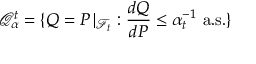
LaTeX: { \mathcal { Q } } _ { \alpha } ^ { t } = \{ Q = P \, \vert _ { { \mathcal { F } } _ { t } } : { \frac { d Q } { d P } } \leq \alpha _ { t } ^ { - 1 } { \mathrm { ~ a . s . } } \}